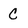
Character: C